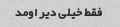
فقط خیلی دیر اومد